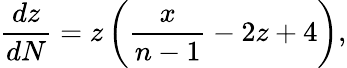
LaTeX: \frac{dz}{dN}=z\left(\frac{x}{n-1}-2z+4\right),